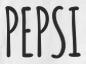
PEPSI